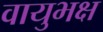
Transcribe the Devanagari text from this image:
वायुभक्ष